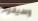
وسيقوم